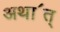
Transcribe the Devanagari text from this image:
अथा॔त्